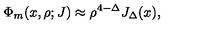
{ \Phi _ { m } ( x , \rho ; J ) \approx \rho ^ { 4 - \Delta } J _ { \Delta } ( x ) , }